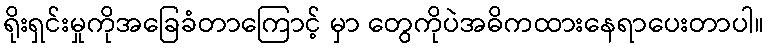
ရိုးရှင်းမှုကိုအခြေခံတာကြောင့် မှာ တွေကိုပဲအဓိကထားနေရာပေးတာပါ။